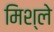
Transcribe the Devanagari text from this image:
मिश्ले